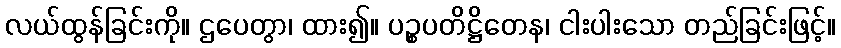
လယ်ထွန်ခြင်းကို။ ဌပေတွာ၊ ထား၍။ ပဉ္စပတိဋ္ဌိတေန၊ ငါးပါးသော တည်ခြင်းဖြင့်။